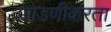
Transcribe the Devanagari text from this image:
जोडणीकरता